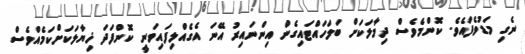
ނެގި މަޑުވެފައެވެ. ކޮންމެވެސް ދިމާލަކަށް ބަލަހައްޓައިގެން އިންނައިރު އޭނަ އެގެއްލިފައިވަނީ ކޮންފަދަ ޚިޔާލަކަށްކަމެއްވެސް